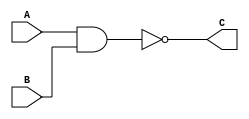
//  --    
module hunhe_demo(A,B,C);
input A,B;
output C;
// 
wire T;
// 
and A1(T,A,B);      // T = A & B;
// 
assign C = ~T;

endmodule